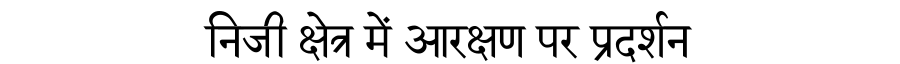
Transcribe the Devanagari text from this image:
निजी क्षेत्र में आरक्षण पर प्रदर्शन